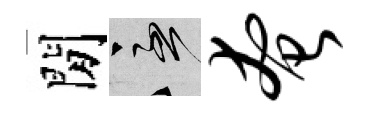
閒急奄